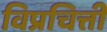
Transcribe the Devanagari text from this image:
विप्रचित्ती